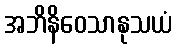
အဘိနိဝေသာနုသယံ